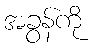
အခွန်ကို